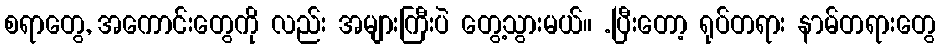
စရာတွေ, အကောင်းတွေကို လည်း အများကြီးပဲ တွေ့သွားမယ်။ .ပြီးတော့ ရုပ်တရား နာမ်တရားတွေ